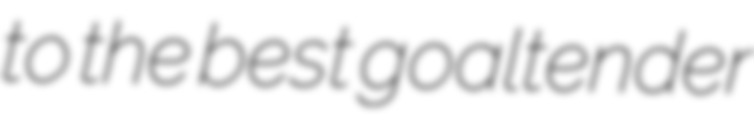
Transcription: to the best goaltender